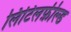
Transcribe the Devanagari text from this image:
लिटिलफ़ील्ड